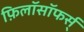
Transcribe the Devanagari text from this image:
फ़िलॉसॉफर्स्